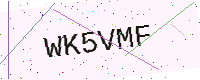
Text: WK5VMF